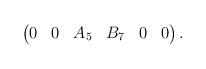
LaTeX: \begin{align*}\begin{pmatrix} 0 & 0 & A_5 & B_7 & 0 & 0\end{pmatrix}.\end{align*}